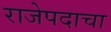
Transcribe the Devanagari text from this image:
राजेपदाचा